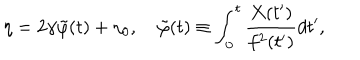
\eta = 2 \gamma \tilde { \varphi } ( t ) + \eta _ { 0 } , ~ \tilde { \varphi } ( t ) \equiv \int _ { 0 } ^ { t } \frac { X ( t ^ { \prime } ) } { f ^ { 2 } ( t ^ { \prime } ) } d t ^ { \prime } ,